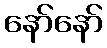
နော်နော်